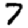
Digit: 7